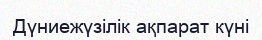
Дүниежүзілік ақпарат күні